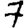
Digit: 7